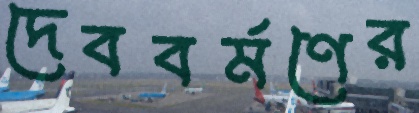
দেববর্মণের